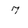
Character: 7